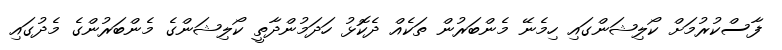
ފާސްކުރުމަށް ކޯލިޝަންގައި ހިމެނޭ މެންބަރުން ތަކެއް ދެކޮޅު ހަދަމުންދާތީ ކޯލިޝަންގެ މެންބަރުންގެ މެދުގައި